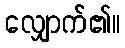
လျှောက်၏။